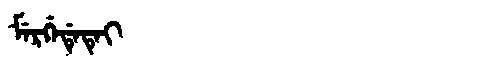
Manchu: ᠮᡝᡵᡤᡝᡩᡝᡨᡝᡳ
Romanization: MERGEDETEI